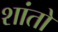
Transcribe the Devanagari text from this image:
शांतो